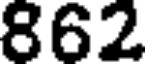
862